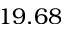
1 9 . 6 8